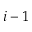
i - 1